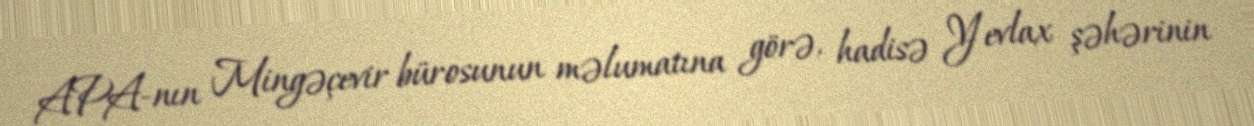
APA-nın Mingəçevir bürosunun məlumatına görə, hadisə Yevlax şəhərinin